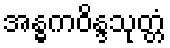
အန္ဓကဝိန္ဒသုတ္တံ